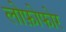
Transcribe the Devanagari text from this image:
लोफ़ोफोर